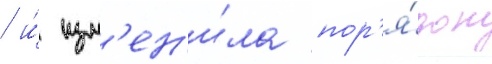
/ и́ изм'ен'и́ла пор'я́док